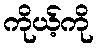
ကိုယ့်ကို